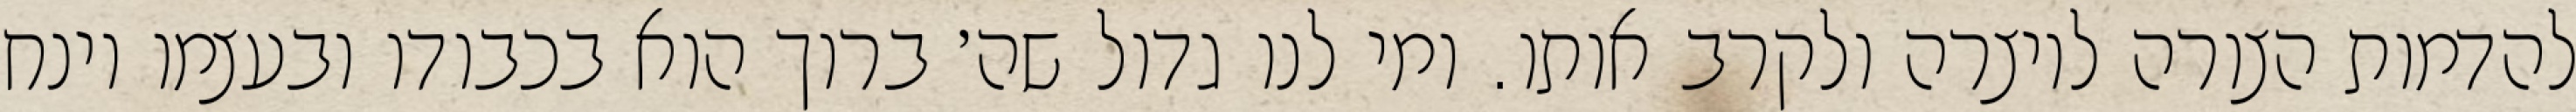
להדמות הצורה ליוצרה ולקרב אותו. ומי לנו גדול שה׳ ברוך הוא בכבודו ובעצמו וינח